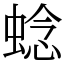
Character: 𬠖